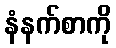
နံနက်စာကို